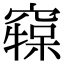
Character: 𥧷